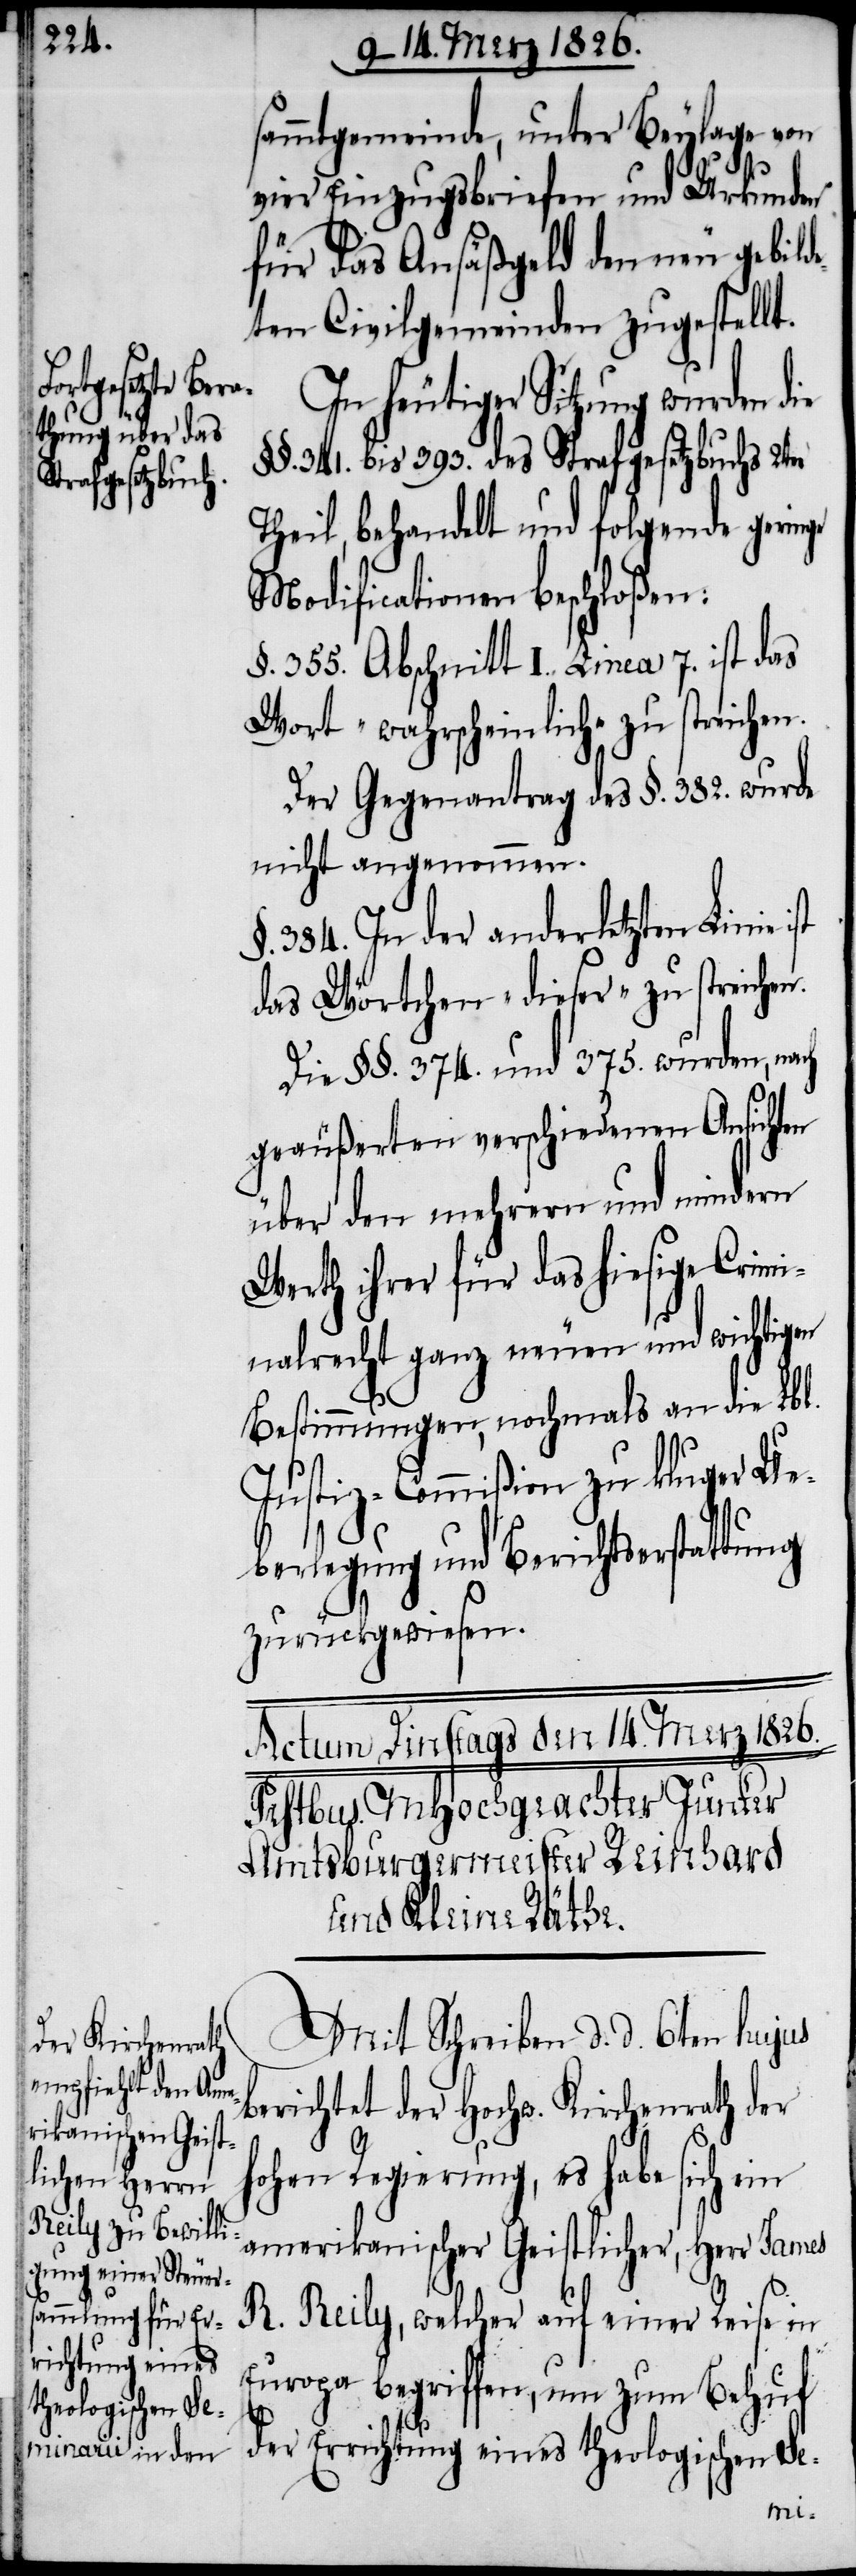
sammtgemeinde, unter Beylage von
vier Einzugsbriefen und Urkunden
für das Ansäßgeld den neu gebild¬
eten Civilgemeinden zugestellt.
In heutiger Sitzung wurden die
§§. 341. bis 393. des Strafgesetzbuchs 2ter
Theil, behandelt und folgende geringe
Modificationen beschloßen:
§. 355. Abschnitt I. Linea 7. ist das
Wort „wahrscheinlich“ zu streichen.
Der Gegenantrag des §. 382. wurde
nicht angenommen.
§. 334. In der anderletzten Linie
das Wörtchen „dieser“ zu streichen.
Die §§. 374. und 375. wurden, na¬
geäußerten verschiedenen Ansichten
über den mehrern und mindern
Werth ihrer für das hiesige Crimi¬
nalrecht ganz neuen und wichtigen
Bestimmungen, nochmals an die Lbl.
Justiz-Commißion zu kluger Ue¬
berlegung und Berichtserstattung
zurückgewiesen.
Mit Schreiben d. d. 6ten hujus
ch
berichtet der Hochw. Kirchenrath der
hohen Regierung, es habe sich ein
amerikanischer Geistlicher, Herr James
R. Reily, welcher auf einer Reise in
Europa begriffen, um zum Behuf
der Errichtung eines theologischen Se-